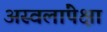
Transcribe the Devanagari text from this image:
अस्वलांपेक्षा